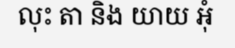
លុះ តា និង យាយ អុំ